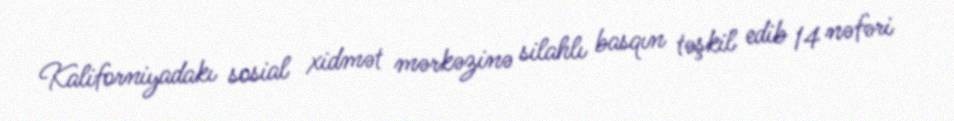
Kaliforniyadakı sosial xidmət mərkəzinə silahlı basqın təşkil edib 14 nəfəri